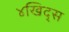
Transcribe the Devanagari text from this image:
४खिद्स